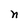
Character: n